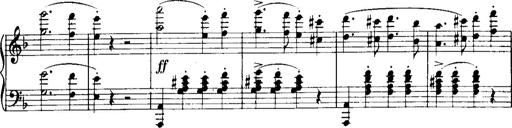
Title: Historische ungarische Bildnisse
Composer: Franz Liszt